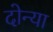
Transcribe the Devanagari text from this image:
दोन्या